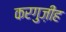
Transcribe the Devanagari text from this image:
करगुज़ीह